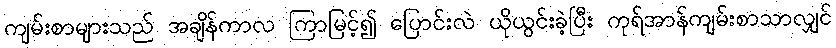
ကျမ်းစာများသည် အချိန်ကာလ ကြာမြင့်၍ ပြောင်းလဲ ယိုယွင်းခဲ့ပြီး ကုရ်အာန်ကျမ်းစာသာလျှင်